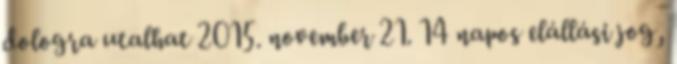
dologra utalhat 2015. november 21. 14 napos elállási jog,